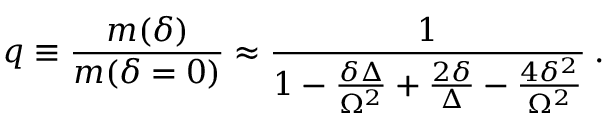
q \equiv \frac { m ( \delta ) } { m ( \delta = 0 ) } \approx \frac 1 { 1 - \frac { \delta \Delta } { \Omega ^ { 2 } } + \frac { 2 \delta } { \Delta } - \frac { 4 \delta ^ { 2 } } { \Omega ^ { 2 } } } \: .